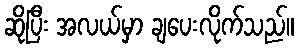
ဆိုပြီး အလယ်မှာ ချပေးလိုက်သည်။